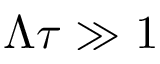
\Lambda \tau \gg 1